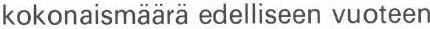
kokonaismäärä edelliseen vuoteen